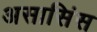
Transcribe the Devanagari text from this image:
असासिंस